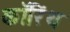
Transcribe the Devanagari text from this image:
कॉरिंथ